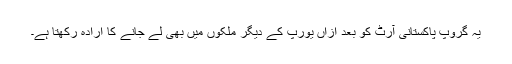
یہ گروپ پاکستانی آرٹ کو بعد ازاں یورپ کے دیگر ملکوں میں بھی لے جانے کا ارادہ رکھتا ہے۔